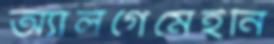
অ্যালগেমেইনি